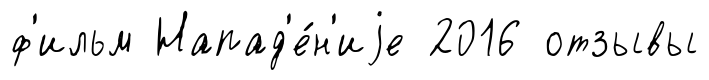
ф'ильм Напад'е́н'иjе 2016 отзывы